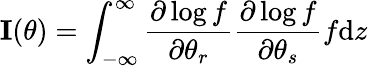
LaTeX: \mathbf{I}(\theta)=\int_{-\infty}^{\infty}{\frac{\partial\log f}{\partial\theta_{r}}}{\frac{\partial\log f}{\partial\theta_{s}}}f\mathrm{d}z